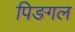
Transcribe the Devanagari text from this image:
पिङगल